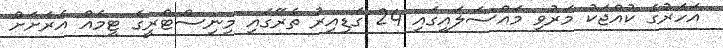
އަހަރުގެ ކުއްޖަކު މަރުވި މައްސަލައިގައި 24 ގަޑިއިރު ތެރޭގައި މިނިސްޓްރީގެ ޓީމެއް އެރަށަށް